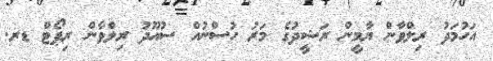
އަހުމަދު ރިލްވާން ޔާމީން ރަޝީދުގެ މަރު ހުސްނުއް ސުއޫދު ރިލްވާން ރިޕޯޓް ޑރ.